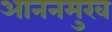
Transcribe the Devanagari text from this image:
आननमुख